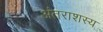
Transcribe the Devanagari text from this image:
अंतराशस्य